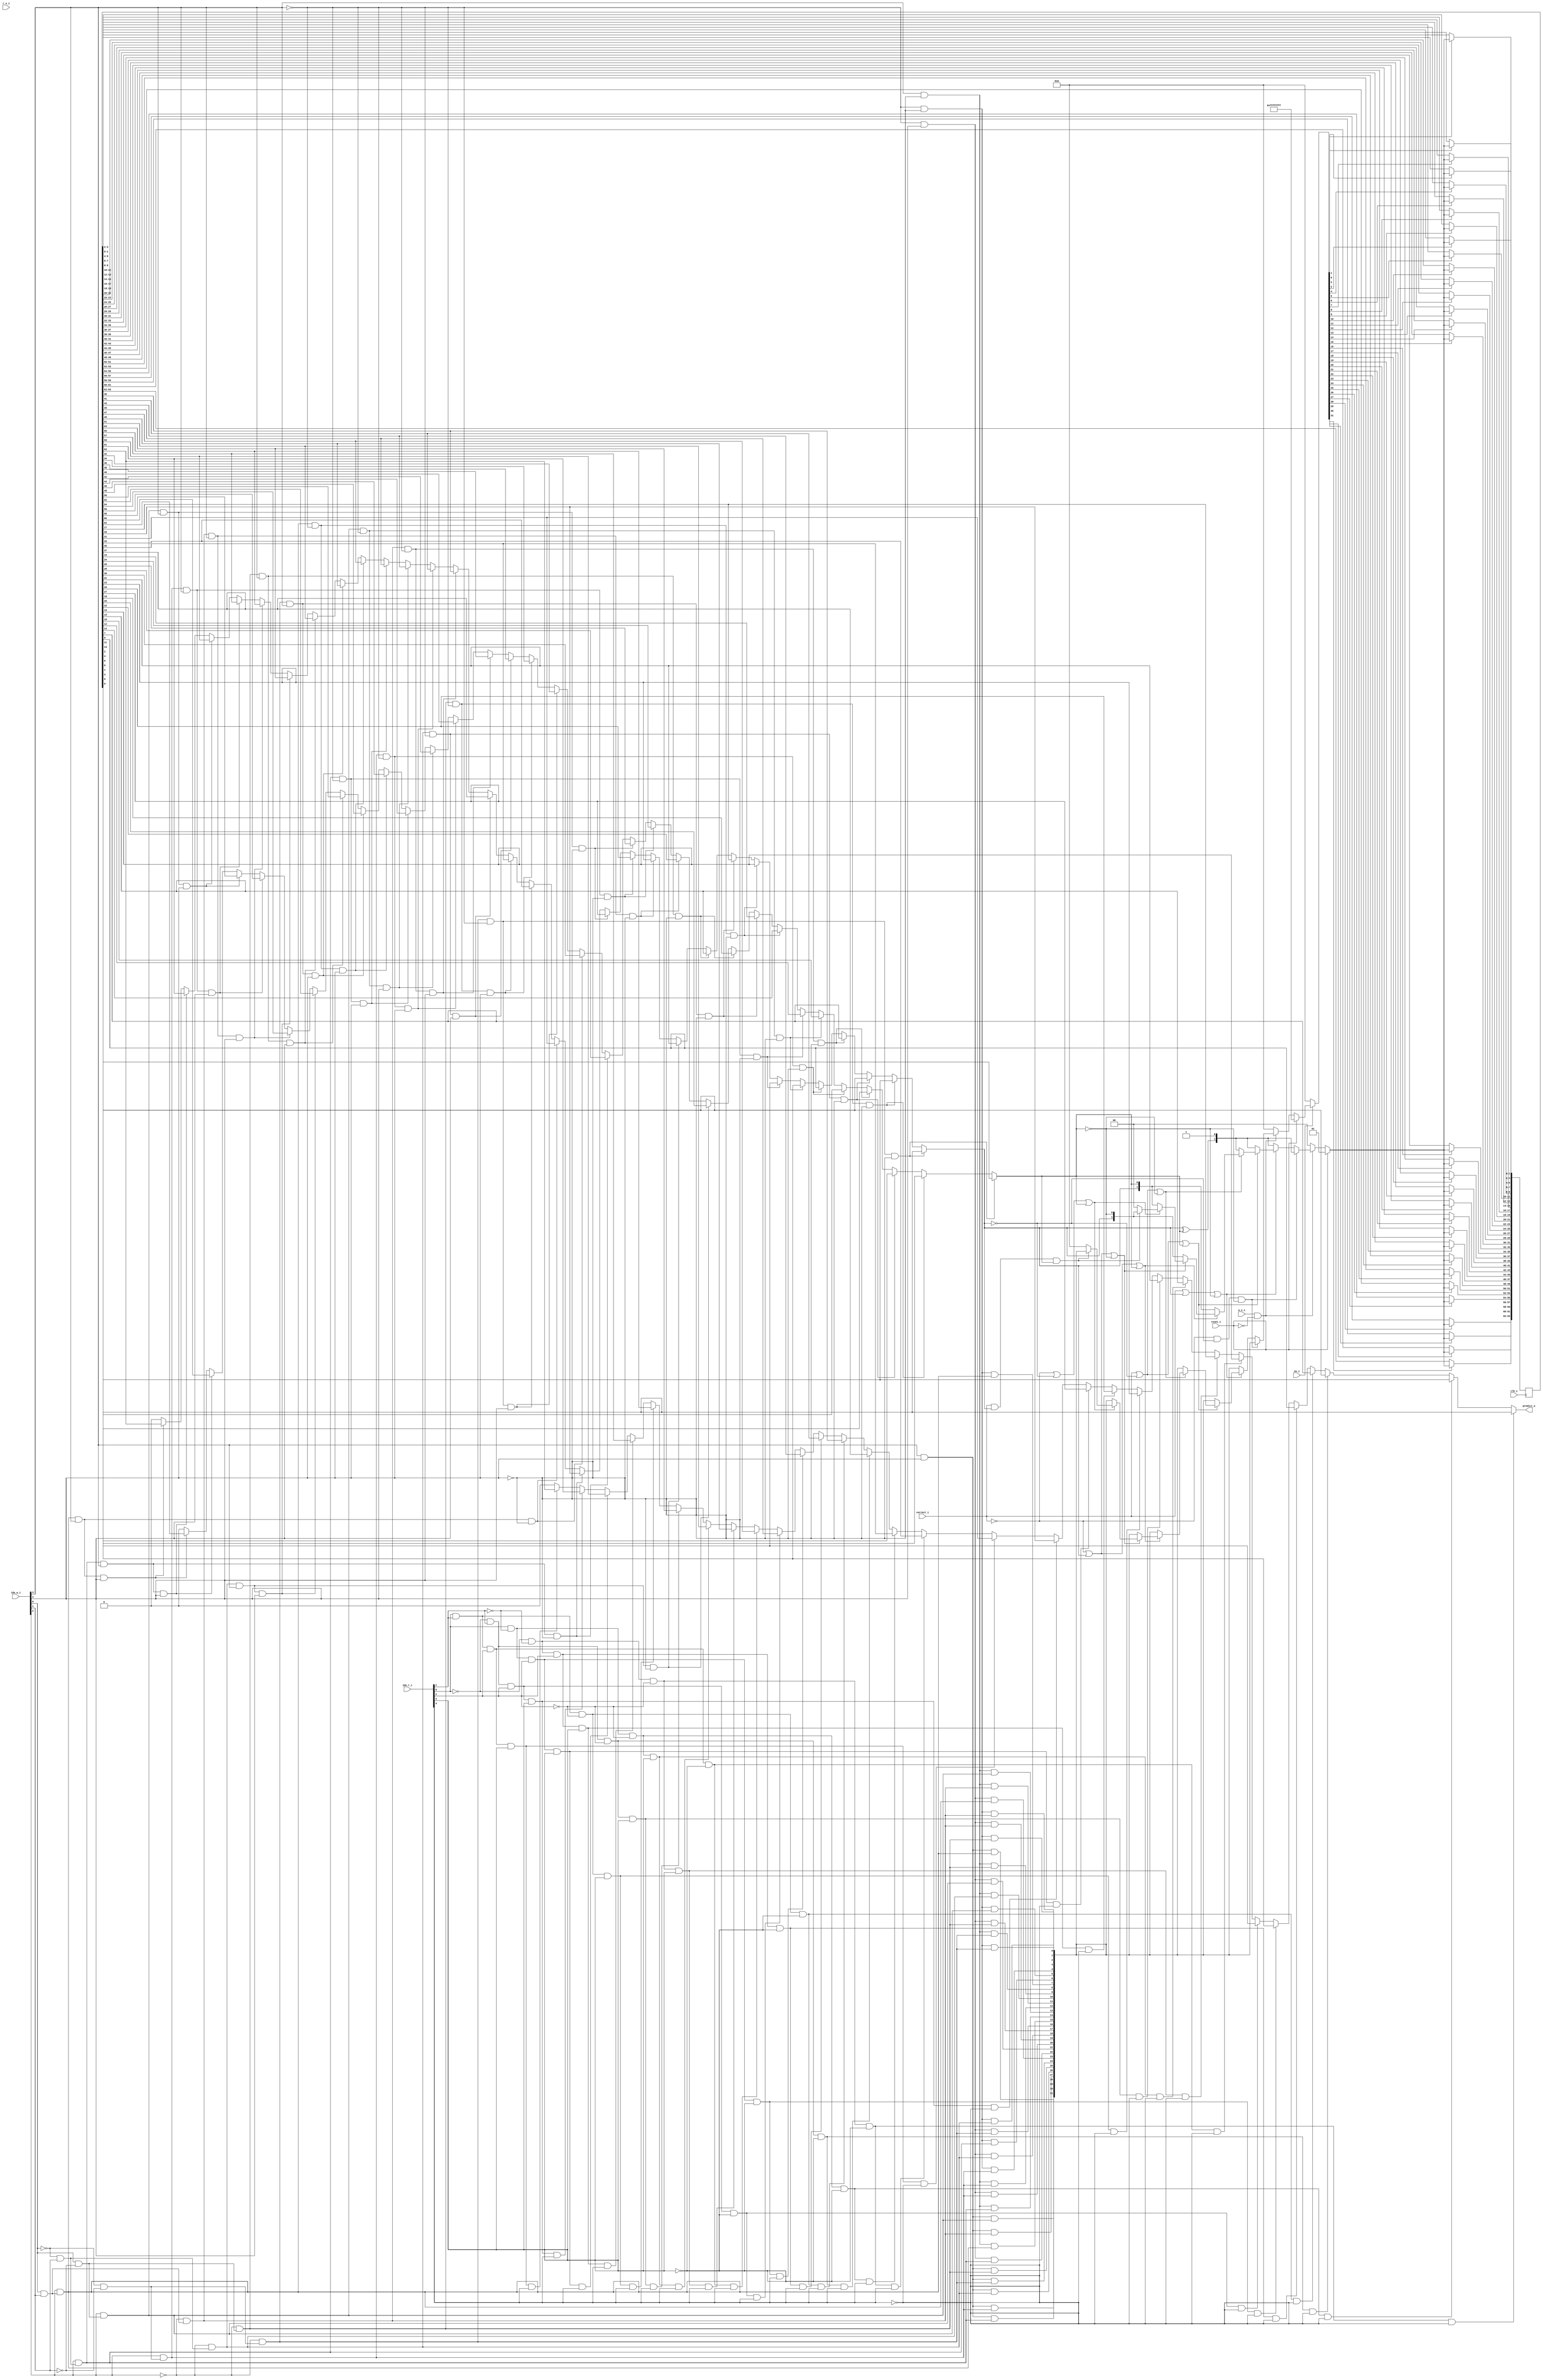
module bp_fe_bht_bht_indx_width_p5
(
  clk_i,
  en_i,
  reset_i,
  idx_r_i,
  idx_w_i,
  r_v_i,
  w_v_i,
  correct_i,
  predict_o
);

  input [4:0] idx_r_i;
  input [4:0] idx_w_i;
  input clk_i;
  input en_i;
  input reset_i;
  input r_v_i;
  input w_v_i;
  input correct_i;
  output predict_o;
  wire predict_o,N0,N1,N2,N3,N4,N5,N6,N7,N8,N9,N10,N11,N12,N13,N14,N15,N16,N17,N18,N19,
  N20,N21,N22,N23,N24,N25,N26,N27,N28,N29,N30,N31,N32,N33,N34,N35,N36,N37,N38,N39,
  N40,N41,N42,N43,N44,N45,N46,N47,N48,N49,N50,N51,N52,N53,N54,N55,N56,N57,N58,N59,
  N60,N61,N62,N63,N64,N65,N66,N67,N68,N69,N70,N71,N72,N73,N74,N75,N76,N77,N78,N79,
  N80,N81,N82,N83,N84,N85,N86,N87,N88,N89,N90,N91,N92,N93,N94,N95,N96,N97,N98,N99,
  N100,N101,N102,N103,N104,N105,N106,N107,N108,N109,N110,N111,N112,N113,N114,N115,
  N116,N117,N118,N119,N120,N121,N122,N123,N124,N125,N126,N127,N128,N129,N130,N131,
  N132,N133,N134,N135,N136,N137,N138,N139,N140,N141,N142,N143,N144,N145,N146,N147,
  N148,N149,N150,N151,N152,N153,N154,N155,N156,N157,N158,N159,N160,N161,N162,N163,
  N164,N165,N166,N167,N168,N169,N170,N171,N172,N173,N174,N175,N176,N177,N178,N179,
  N180,N181,N182,N183,N184,N185,N186,N187,N188,N189,N190,N191,N192,N193,N194,N195,
  N196,N197,N198,N199,N200,N201,N202,N203,N204,N205,N206,N207,N208,N209,N210,N211,
  N212,N213,N214,N215,N216,N217,N218,N219,N220,N221,N222,N223,N224,N225,N226,N227,
  N228,N229,N230,N231,N232,N233,N234,N235,N236,N237,N238,N239,N240,N241,N242,N243,
  N244,N245,N246,N247,N248,N249,N250,N251,N252,N253,N254,N255,N256,N257,N258,N259,
  N260,N261,N262,N263,N264,N265,N266,N267,N268,N269,N270,N271,N272,N273,N274,N275,
  N276,N277,N278,N279,N280,N281,N282,N283,N284,N285,N286,N287,N288,N289,N290,N291,
  N292,N293,N294,N295,N296,N297,N298,N299,N300,N301,N302,N303,N304,N305,N306,N307,
  N308,N309,N310,N311,N312,N313,N314,N315,N316,N317,N318,N319,N320,N321,N322,N323,
  N324,N325,N326,N327,N328,N329,N330,N331,N332,N333,N334,N335,N336,N337,N338,N339,
  N340,N341,N342,N343,N344,N345,N346,N347,N348,N349,N350,N351,N352,N353,N354,N355,
  N356,N357,N358,N359,N360,N361,N362,N363,N364,N365,N366,N367,N368,N369,N370,N371,
  N372,N373,N374,N375,N376,N377,N378,N379,N380,N381,N382,N383,N384,N385,N386,N387,
  N388,N389,N390,N391,N392,N393,N394,N395,N396,N397,N398,N399,N400,N401,N402,N403,
  N404,N405,N406,N407,N408,N409,N410,N411,N412,N413;
  reg [63:0] mem;
  assign predict_o = (N52)? mem[1] :
                     (N54)? mem[3] :
                     (N56)? mem[5] :
                     (N58)? mem[7] :
                     (N60)? mem[9] :
                     (N62)? mem[11] :
                     (N64)? mem[13] :
                     (N66)? mem[15] :
                     (N68)? mem[17] :
                     (N70)? mem[19] :
                     (N72)? mem[21] :
                     (N74)? mem[23] :
                     (N76)? mem[25] :
                     (N78)? mem[27] :
                     (N80)? mem[29] :
                     (N82)? mem[31] :
                     (N53)? mem[33] :
                     (N55)? mem[35] :
                     (N57)? mem[37] :
                     (N59)? mem[39] :
                     (N61)? mem[41] :
                     (N63)? mem[43] :
                     (N65)? mem[45] :
                     (N67)? mem[47] :
                     (N69)? mem[49] :
                     (N71)? mem[51] :
                     (N73)? mem[53] :
                     (N75)? mem[55] :
                     (N77)? mem[57] :
                     (N79)? mem[59] :
                     (N81)? mem[61] :
                     (N83)? mem[63] : 1'b0;
  assign N87 = (N147)? mem[1] :
               (N148)? mem[3] :
               (N149)? mem[5] :
               (N150)? mem[7] :
               (N151)? mem[9] :
               (N152)? mem[11] :
               (N153)? mem[13] :
               (N154)? mem[15] :
               (N155)? mem[17] :
               (N156)? mem[19] :
               (N157)? mem[21] :
               (N158)? mem[23] :
               (N159)? mem[25] :
               (N160)? mem[27] :
               (N161)? mem[29] :
               (N162)? mem[31] :
               (N123)? mem[33] :
               (N125)? mem[35] :
               (N127)? mem[37] :
               (N129)? mem[39] :
               (N131)? mem[41] :
               (N133)? mem[43] :
               (N135)? mem[45] :
               (N137)? mem[47] :
               (N272)? mem[49] :
               (N274)? mem[51] :
               (N276)? mem[53] :
               (N278)? mem[55] :
               (N280)? mem[57] :
               (N282)? mem[59] :
               (N284)? mem[61] :
               (N286)? mem[63] : 1'b0;
  assign N88 = (N147)? mem[0] :
               (N148)? mem[2] :
               (N149)? mem[4] :
               (N150)? mem[6] :
               (N151)? mem[8] :
               (N152)? mem[10] :
               (N153)? mem[12] :
               (N154)? mem[14] :
               (N155)? mem[16] :
               (N156)? mem[18] :
               (N157)? mem[20] :
               (N158)? mem[22] :
               (N159)? mem[24] :
               (N160)? mem[26] :
               (N161)? mem[28] :
               (N162)? mem[30] :
               (N123)? mem[32] :
               (N125)? mem[34] :
               (N127)? mem[36] :
               (N129)? mem[38] :
               (N131)? mem[40] :
               (N133)? mem[42] :
               (N135)? mem[44] :
               (N137)? mem[46] :
               (N272)? mem[48] :
               (N274)? mem[50] :
               (N276)? mem[52] :
               (N278)? mem[54] :
               (N280)? mem[56] :
               (N282)? mem[58] :
               (N284)? mem[60] :
               (N286)? mem[62] : 1'b0;
  assign N92 = N89 & N90;
  assign N93 = N92 & N91;
  assign N94 = correct_i | N87;
  assign N95 = N94 | N91;
  assign N97 = correct_i | N90;
  assign N98 = N97 | N88;
  assign N100 = N97 | N91;
  assign N102 = N89 | N87;
  assign N103 = N102 | N88;
  assign N105 = N102 | N91;
  assign N107 = N89 | N90;
  assign N108 = N107 | N88;
  assign N110 = correct_i & N87;
  assign N111 = N110 & N88;
  assign N146 = (N122)? mem[1] :
                (N124)? mem[3] :
                (N126)? mem[5] :
                (N128)? mem[7] :
                (N130)? mem[9] :
                (N132)? mem[11] :
                (N134)? mem[13] :
                (N136)? mem[15] :
                (N138)? mem[17] :
                (N139)? mem[19] :
                (N140)? mem[21] :
                (N141)? mem[23] :
                (N142)? mem[25] :
                (N143)? mem[27] :
                (N144)? mem[29] :
                (N145)? mem[31] :
                (N123)? mem[33] :
                (N125)? mem[35] :
                (N127)? mem[37] :
                (N129)? mem[39] :
                (N131)? mem[41] :
                (N133)? mem[43] :
                (N135)? mem[45] :
                (N137)? mem[47] :
                (N272)? mem[49] :
                (N274)? mem[51] :
                (N276)? mem[53] :
                (N278)? mem[55] :
                (N280)? mem[57] :
                (N282)? mem[59] :
                (N284)? mem[61] :
                (N286)? mem[63] : 1'b0;
  assign N163 = (N147)? mem[0] :
                (N148)? mem[2] :
                (N149)? mem[4] :
                (N150)? mem[6] :
                (N151)? mem[8] :
                (N152)? mem[10] :
                (N153)? mem[12] :
                (N154)? mem[14] :
                (N155)? mem[16] :
                (N156)? mem[18] :
                (N157)? mem[20] :
                (N158)? mem[22] :
                (N159)? mem[24] :
                (N160)? mem[26] :
                (N161)? mem[28] :
                (N162)? mem[30] :
                (N123)? mem[32] :
                (N125)? mem[34] :
                (N127)? mem[36] :
                (N129)? mem[38] :
                (N131)? mem[40] :
                (N133)? mem[42] :
                (N135)? mem[44] :
                (N137)? mem[46] :
                (N272)? mem[48] :
                (N274)? mem[50] :
                (N276)? mem[52] :
                (N278)? mem[54] :
                (N280)? mem[56] :
                (N282)? mem[58] :
                (N284)? mem[60] :
                (N286)? mem[62] : 1'b0;
  assign N205 = (N197)? mem[1] :
                (N198)? mem[3] :
                (N199)? mem[5] :
                (N200)? mem[7] :
                (N201)? mem[9] :
                (N202)? mem[11] :
                (N203)? mem[13] :
                (N204)? mem[15] :
                (N155)? mem[17] :
                (N156)? mem[19] :
                (N157)? mem[21] :
                (N158)? mem[23] :
                (N159)? mem[25] :
                (N160)? mem[27] :
                (N161)? mem[29] :
                (N162)? mem[31] :
                (N256)? mem[33] :
                (N258)? mem[35] :
                (N260)? mem[37] :
                (N262)? mem[39] :
                (N264)? mem[41] :
                (N266)? mem[43] :
                (N268)? mem[45] :
                (N270)? mem[47] :
                (N272)? mem[49] :
                (N274)? mem[51] :
                (N276)? mem[53] :
                (N278)? mem[55] :
                (N280)? mem[57] :
                (N282)? mem[59] :
                (N284)? mem[61] :
                (N286)? mem[63] : 1'b0;
  assign N214 = (N206)? mem[0] :
                (N207)? mem[2] :
                (N208)? mem[4] :
                (N209)? mem[6] :
                (N210)? mem[8] :
                (N211)? mem[10] :
                (N212)? mem[12] :
                (N213)? mem[14] :
                (N138)? mem[16] :
                (N139)? mem[18] :
                (N140)? mem[20] :
                (N141)? mem[22] :
                (N142)? mem[24] :
                (N143)? mem[26] :
                (N144)? mem[28] :
                (N145)? mem[30] :
                (N256)? mem[32] :
                (N258)? mem[34] :
                (N260)? mem[36] :
                (N262)? mem[38] :
                (N264)? mem[40] :
                (N266)? mem[42] :
                (N268)? mem[44] :
                (N270)? mem[46] :
                (N272)? mem[48] :
                (N274)? mem[50] :
                (N276)? mem[52] :
                (N278)? mem[54] :
                (N280)? mem[56] :
                (N282)? mem[58] :
                (N284)? mem[60] :
                (N286)? mem[62] : 1'b0;
  assign N216 = (N206)? mem[1] :
                (N207)? mem[3] :
                (N208)? mem[5] :
                (N209)? mem[7] :
                (N210)? mem[9] :
                (N211)? mem[11] :
                (N212)? mem[13] :
                (N213)? mem[15] :
                (N138)? mem[17] :
                (N139)? mem[19] :
                (N140)? mem[21] :
                (N141)? mem[23] :
                (N142)? mem[25] :
                (N143)? mem[27] :
                (N144)? mem[29] :
                (N145)? mem[31] :
                (N256)? mem[33] :
                (N258)? mem[35] :
                (N260)? mem[37] :
                (N262)? mem[39] :
                (N264)? mem[41] :
                (N266)? mem[43] :
                (N268)? mem[45] :
                (N270)? mem[47] :
                (N272)? mem[49] :
                (N274)? mem[51] :
                (N276)? mem[53] :
                (N278)? mem[55] :
                (N280)? mem[57] :
                (N282)? mem[59] :
                (N284)? mem[61] :
                (N286)? mem[63] : 1'b0;
  assign N217 = (N206)? mem[0] :
                (N207)? mem[2] :
                (N208)? mem[4] :
                (N209)? mem[6] :
                (N210)? mem[8] :
                (N211)? mem[10] :
                (N212)? mem[12] :
                (N213)? mem[14] :
                (N138)? mem[16] :
                (N139)? mem[18] :
                (N140)? mem[20] :
                (N141)? mem[22] :
                (N142)? mem[24] :
                (N143)? mem[26] :
                (N144)? mem[28] :
                (N145)? mem[30] :
                (N256)? mem[32] :
                (N258)? mem[34] :
                (N260)? mem[36] :
                (N262)? mem[38] :
                (N264)? mem[40] :
                (N266)? mem[42] :
                (N268)? mem[44] :
                (N270)? mem[46] :
                (N272)? mem[48] :
                (N274)? mem[50] :
                (N276)? mem[52] :
                (N278)? mem[54] :
                (N280)? mem[56] :
                (N282)? mem[58] :
                (N284)? mem[60] :
                (N286)? mem[62] : 1'b0;
  assign N219 = (N206)? mem[1] :
                (N207)? mem[3] :
                (N208)? mem[5] :
                (N209)? mem[7] :
                (N210)? mem[9] :
                (N211)? mem[11] :
                (N212)? mem[13] :
                (N213)? mem[15] :
                (N138)? mem[17] :
                (N139)? mem[19] :
                (N140)? mem[21] :
                (N141)? mem[23] :
                (N142)? mem[25] :
                (N143)? mem[27] :
                (N144)? mem[29] :
                (N145)? mem[31] :
                (N256)? mem[33] :
                (N258)? mem[35] :
                (N260)? mem[37] :
                (N262)? mem[39] :
                (N264)? mem[41] :
                (N266)? mem[43] :
                (N268)? mem[45] :
                (N270)? mem[47] :
                (N272)? mem[49] :
                (N274)? mem[51] :
                (N276)? mem[53] :
                (N278)? mem[55] :
                (N280)? mem[57] :
                (N282)? mem[59] :
                (N284)? mem[61] :
                (N286)? mem[63] : 1'b0;
  assign N220 = (N206)? mem[0] :
                (N207)? mem[2] :
                (N208)? mem[4] :
                (N209)? mem[6] :
                (N210)? mem[8] :
                (N211)? mem[10] :
                (N212)? mem[12] :
                (N213)? mem[14] :
                (N138)? mem[16] :
                (N139)? mem[18] :
                (N140)? mem[20] :
                (N141)? mem[22] :
                (N142)? mem[24] :
                (N143)? mem[26] :
                (N144)? mem[28] :
                (N145)? mem[30] :
                (N256)? mem[32] :
                (N258)? mem[34] :
                (N260)? mem[36] :
                (N262)? mem[38] :
                (N264)? mem[40] :
                (N266)? mem[42] :
                (N268)? mem[44] :
                (N270)? mem[46] :
                (N272)? mem[48] :
                (N274)? mem[50] :
                (N276)? mem[52] :
                (N278)? mem[54] :
                (N280)? mem[56] :
                (N282)? mem[58] :
                (N284)? mem[60] :
                (N286)? mem[62] : 1'b0;
  assign N222 = (N255)? mem[1] :
                (N257)? mem[3] :
                (N259)? mem[5] :
                (N261)? mem[7] :
                (N263)? mem[9] :
                (N265)? mem[11] :
                (N267)? mem[13] :
                (N269)? mem[15] :
                (N271)? mem[17] :
                (N273)? mem[19] :
                (N275)? mem[21] :
                (N277)? mem[23] :
                (N279)? mem[25] :
                (N281)? mem[27] :
                (N283)? mem[29] :
                (N285)? mem[31] :
                (N256)? mem[33] :
                (N258)? mem[35] :
                (N260)? mem[37] :
                (N262)? mem[39] :
                (N264)? mem[41] :
                (N266)? mem[43] :
                (N268)? mem[45] :
                (N270)? mem[47] :
                (N272)? mem[49] :
                (N274)? mem[51] :
                (N276)? mem[53] :
                (N278)? mem[55] :
                (N280)? mem[57] :
                (N282)? mem[59] :
                (N284)? mem[61] :
                (N286)? mem[63] : 1'b0;
  assign N223 = (N255)? mem[0] :
                (N257)? mem[2] :
                (N259)? mem[4] :
                (N261)? mem[6] :
                (N263)? mem[8] :
                (N265)? mem[10] :
                (N267)? mem[12] :
                (N269)? mem[14] :
                (N271)? mem[16] :
                (N273)? mem[18] :
                (N275)? mem[20] :
                (N277)? mem[22] :
                (N279)? mem[24] :
                (N281)? mem[26] :
                (N283)? mem[28] :
                (N285)? mem[30] :
                (N256)? mem[32] :
                (N258)? mem[34] :
                (N260)? mem[36] :
                (N262)? mem[38] :
                (N264)? mem[40] :
                (N266)? mem[42] :
                (N268)? mem[44] :
                (N270)? mem[46] :
                (N272)? mem[48] :
                (N274)? mem[50] :
                (N276)? mem[52] :
                (N278)? mem[54] :
                (N280)? mem[56] :
                (N282)? mem[58] :
                (N284)? mem[60] :
                (N286)? mem[62] : 1'b0;
  assign N287 = (N255)? mem[1] :
                (N257)? mem[3] :
                (N259)? mem[5] :
                (N261)? mem[7] :
                (N263)? mem[9] :
                (N265)? mem[11] :
                (N267)? mem[13] :
                (N269)? mem[15] :
                (N271)? mem[17] :
                (N273)? mem[19] :
                (N275)? mem[21] :
                (N277)? mem[23] :
                (N279)? mem[25] :
                (N281)? mem[27] :
                (N283)? mem[29] :
                (N285)? mem[31] :
                (N256)? mem[33] :
                (N258)? mem[35] :
                (N260)? mem[37] :
                (N262)? mem[39] :
                (N264)? mem[41] :
                (N266)? mem[43] :
                (N268)? mem[45] :
                (N270)? mem[47] :
                (N272)? mem[49] :
                (N274)? mem[51] :
                (N276)? mem[53] :
                (N278)? mem[55] :
                (N280)? mem[57] :
                (N282)? mem[59] :
                (N284)? mem[61] :
                (N286)? mem[63] : 1'b0;
  assign N288 = (N255)? mem[0] :
                (N257)? mem[2] :
                (N259)? mem[4] :
                (N261)? mem[6] :
                (N263)? mem[8] :
                (N265)? mem[10] :
                (N267)? mem[12] :
                (N269)? mem[14] :
                (N271)? mem[16] :
                (N273)? mem[18] :
                (N275)? mem[20] :
                (N277)? mem[22] :
                (N279)? mem[24] :
                (N281)? mem[26] :
                (N283)? mem[28] :
                (N285)? mem[30] :
                (N256)? mem[32] :
                (N258)? mem[34] :
                (N260)? mem[36] :
                (N262)? mem[38] :
                (N264)? mem[40] :
                (N266)? mem[42] :
                (N268)? mem[44] :
                (N270)? mem[46] :
                (N272)? mem[48] :
                (N274)? mem[50] :
                (N276)? mem[52] :
                (N278)? mem[54] :
                (N280)? mem[56] :
                (N282)? mem[58] :
                (N284)? mem[60] :
                (N286)? mem[62] : 1'b0;
  assign N290 = (N255)? mem[1] :
                (N257)? mem[3] :
                (N259)? mem[5] :
                (N261)? mem[7] :
                (N263)? mem[9] :
                (N265)? mem[11] :
                (N267)? mem[13] :
                (N269)? mem[15] :
                (N271)? mem[17] :
                (N273)? mem[19] :
                (N275)? mem[21] :
                (N277)? mem[23] :
                (N279)? mem[25] :
                (N281)? mem[27] :
                (N283)? mem[29] :
                (N285)? mem[31] :
                (N256)? mem[33] :
                (N258)? mem[35] :
                (N260)? mem[37] :
                (N262)? mem[39] :
                (N264)? mem[41] :
                (N266)? mem[43] :
                (N268)? mem[45] :
                (N270)? mem[47] :
                (N272)? mem[49] :
                (N274)? mem[51] :
                (N276)? mem[53] :
                (N278)? mem[55] :
                (N280)? mem[57] :
                (N282)? mem[59] :
                (N284)? mem[61] :
                (N286)? mem[63] : 1'b0;
  assign N291 = (N255)? mem[0] :
                (N257)? mem[2] :
                (N259)? mem[4] :
                (N261)? mem[6] :
                (N263)? mem[8] :
                (N265)? mem[10] :
                (N267)? mem[12] :
                (N269)? mem[14] :
                (N271)? mem[16] :
                (N273)? mem[18] :
                (N275)? mem[20] :
                (N277)? mem[22] :
                (N279)? mem[24] :
                (N281)? mem[26] :
                (N283)? mem[28] :
                (N285)? mem[30] :
                (N256)? mem[32] :
                (N258)? mem[34] :
                (N260)? mem[36] :
                (N262)? mem[38] :
                (N264)? mem[40] :
                (N266)? mem[42] :
                (N268)? mem[44] :
                (N270)? mem[46] :
                (N272)? mem[48] :
                (N274)? mem[50] :
                (N276)? mem[52] :
                (N278)? mem[54] :
                (N280)? mem[56] :
                (N282)? mem[58] :
                (N284)? mem[60] :
                (N286)? mem[62] : 1'b0;
  assign N292 = (N255)? mem[1] :
                (N257)? mem[3] :
                (N259)? mem[5] :
                (N261)? mem[7] :
                (N263)? mem[9] :
                (N265)? mem[11] :
                (N267)? mem[13] :
                (N269)? mem[15] :
                (N271)? mem[17] :
                (N273)? mem[19] :
                (N275)? mem[21] :
                (N277)? mem[23] :
                (N279)? mem[25] :
                (N281)? mem[27] :
                (N283)? mem[29] :
                (N285)? mem[31] :
                (N256)? mem[33] :
                (N258)? mem[35] :
                (N260)? mem[37] :
                (N262)? mem[39] :
                (N264)? mem[41] :
                (N266)? mem[43] :
                (N268)? mem[45] :
                (N270)? mem[47] :
                (N272)? mem[49] :
                (N274)? mem[51] :
                (N276)? mem[53] :
                (N278)? mem[55] :
                (N280)? mem[57] :
                (N282)? mem[59] :
                (N284)? mem[61] :
                (N286)? mem[63] : 1'b0;
  assign N293 = (N255)? mem[0] :
                (N257)? mem[2] :
                (N259)? mem[4] :
                (N261)? mem[6] :
                (N263)? mem[8] :
                (N265)? mem[10] :
                (N267)? mem[12] :
                (N269)? mem[14] :
                (N271)? mem[16] :
                (N273)? mem[18] :
                (N275)? mem[20] :
                (N277)? mem[22] :
                (N279)? mem[24] :
                (N281)? mem[26] :
                (N283)? mem[28] :
                (N285)? mem[30] :
                (N256)? mem[32] :
                (N258)? mem[34] :
                (N260)? mem[36] :
                (N262)? mem[38] :
                (N264)? mem[40] :
                (N266)? mem[42] :
                (N268)? mem[44] :
                (N270)? mem[46] :
                (N272)? mem[48] :
                (N274)? mem[50] :
                (N276)? mem[52] :
                (N278)? mem[54] :
                (N280)? mem[56] :
                (N282)? mem[58] :
                (N284)? mem[60] :
                (N286)? mem[62] : 1'b0;
  assign N397 = idx_w_i[3] & idx_w_i[4];
  assign N398 = N0 & idx_w_i[4];
  assign N0 = ~idx_w_i[3];
  assign N399 = idx_w_i[3] & N1;
  assign N1 = ~idx_w_i[4];
  assign N400 = N2 & N3;
  assign N2 = ~idx_w_i[3];
  assign N3 = ~idx_w_i[4];
  assign N401 = ~idx_w_i[2];
  assign N402 = idx_w_i[0] & idx_w_i[1];
  assign N403 = N4 & idx_w_i[1];
  assign N4 = ~idx_w_i[0];
  assign N404 = idx_w_i[0] & N5;
  assign N5 = ~idx_w_i[1];
  assign N405 = N6 & N7;
  assign N6 = ~idx_w_i[0];
  assign N7 = ~idx_w_i[1];
  assign N406 = idx_w_i[2] & N402;
  assign N407 = idx_w_i[2] & N403;
  assign N408 = idx_w_i[2] & N404;
  assign N409 = idx_w_i[2] & N405;
  assign N410 = N401 & N402;
  assign N411 = N401 & N403;
  assign N412 = N401 & N404;
  assign N413 = N401 & N405;
  assign N195 = N397 & N406;
  assign N194 = N397 & N407;
  assign N193 = N397 & N408;
  assign N192 = N397 & N409;
  assign N191 = N397 & N410;
  assign N190 = N397 & N411;
  assign N189 = N397 & N412;
  assign N188 = N397 & N413;
  assign N187 = N398 & N406;
  assign N186 = N398 & N407;
  assign N185 = N398 & N408;
  assign N184 = N398 & N409;
  assign N183 = N398 & N410;
  assign N182 = N398 & N411;
  assign N181 = N398 & N412;
  assign N180 = N398 & N413;
  assign N179 = N399 & N406;
  assign N178 = N399 & N407;
  assign N177 = N399 & N408;
  assign N176 = N399 & N409;
  assign N175 = N399 & N410;
  assign N174 = N399 & N411;
  assign N173 = N399 & N412;
  assign N172 = N399 & N413;
  assign N171 = N400 & N406;
  assign N170 = N400 & N407;
  assign N169 = N400 & N408;
  assign N168 = N400 & N409;
  assign N167 = N400 & N410;
  assign N166 = N400 & N411;
  assign N165 = N400 & N412;
  assign N164 = N400 & N413;
  assign { N328, N327, N326, N325, N324, N323, N322, N321, N320, N319, N318, N317, N316, N315, N314, N313, N312, N311, N310, N309, N308, N307, N306, N305, N304, N303, N302, N301, N300, N299, N298, N295 } = (N8)? { N195, N194, N193, N192, N191, N190, N189, N188, N187, N186, N185, N184, N183, N182, N181, N180, N179, N178, N177, N176, N175, N174, N173, N172, N171, N170, N169, N168, N167, N166, N165, N164 } :
                                                                                                                                                                                                              (N9)? { N195, N194, N193, N192, N191, N190, N189, N188, N187, N186, N185, N184, N183, N182, N181, N180, N179, N178, N177, N176, N175, N174, N173, N172, N171, N170, N169, N168, N167, N166, N165, N164 } :
                                                                                                                                                                                                              (N10)? { N195, N194, N193, N192, N191, N190, N189, N188, N187, N186, N185, N184, N183, N182, N181, N180, N179, N178, N177, N176, N175, N174, N173, N172, N171, N170, N169, N168, N167, N166, N165, N164 } :
                                                                                                                                                                                                              (N11)? { N195, N194, N193, N192, N191, N190, N189, N188, N187, N186, N185, N184, N183, N182, N181, N180, N179, N178, N177, N176, N175, N174, N173, N172, N171, N170, N169, N168, N167, N166, N165, N164 } :
                                                                                                                                                                                                              (N12)? { N195, N194, N193, N192, N191, N190, N189, N188, N187, N186, N185, N184, N183, N182, N181, N180, N179, N178, N177, N176, N175, N174, N173, N172, N171, N170, N169, N168, N167, N166, N165, N164 } :
                                                                                                                                                                                                              (N13)? { N195, N194, N193, N192, N191, N190, N189, N188, N187, N186, N185, N184, N183, N182, N181, N180, N179, N178, N177, N176, N175, N174, N173, N172, N171, N170, N169, N168, N167, N166, N165, N164 } :
                                                                                                                                                                                                              (N14)? { N195, N194, N193, N192, N191, N190, N189, N188, N187, N186, N185, N184, N183, N182, N181, N180, N179, N178, N177, N176, N175, N174, N173, N172, N171, N170, N169, N168, N167, N166, N165, N164 } :
                                                                                                                                                                                                              (N15)? { N195, N194, N193, N192, N191, N190, N189, N188, N187, N186, N185, N184, N183, N182, N181, N180, N179, N178, N177, N176, N175, N174, N173, N172, N171, N170, N169, N168, N167, N166, N165, N164 } : 1'b0;
  assign N8 = N93;
  assign N9 = N96;
  assign N10 = N99;
  assign N11 = N101;
  assign N12 = N104;
  assign N13 = N106;
  assign N14 = N109;
  assign N15 = N111;
  assign { N297, N296 } = (N8)? { N196, 1'b1 } :
                          (N9)? { N215, 1'b1 } :
                          (N10)? { N218, 1'b1 } :
                          (N11)? { N221, 1'b1 } :
                          (N12)? { N222, N223 } :
                          (N13)? { N287, N289 } :
                          (N14)? { N290, N291 } :
                          (N15)? { N292, N294 } : 1'b0;
  assign { N362, N361, N360, N359, N358, N357, N356, N355, N354, N353, N352, N351, N350, N349, N348, N347, N346, N345, N344, N343, N342, N341, N340, N339, N338, N337, N336, N335, N334, N333, N332, N329 } = (N16)? { 1'b1, 1'b1, 1'b1, 1'b1, 1'b1, 1'b1, 1'b1, 1'b1, 1'b1, 1'b1, 1'b1, 1'b1, 1'b1, 1'b1, 1'b1, 1'b1, 1'b1, 1'b1, 1'b1, 1'b1, 1'b1, 1'b1, 1'b1, 1'b1, 1'b1, 1'b1, 1'b1, 1'b1, 1'b1, 1'b1, 1'b1, 1'b1 } :
                                                                                                                                                                                                              (N396)? { N328, N327, N326, N325, N324, N323, N322, N321, N320, N319, N318, N317, N316, N315, N314, N313, N312, N311, N310, N309, N308, N307, N306, N305, N304, N303, N302, N301, N300, N299, N298, N295 } :
                                                                                                                                                                                                              (N86)? { 1'b0, 1'b0, 1'b0, 1'b0, 1'b0, 1'b0, 1'b0, 1'b0, 1'b0, 1'b0, 1'b0, 1'b0, 1'b0, 1'b0, 1'b0, 1'b0, 1'b0, 1'b0, 1'b0, 1'b0, 1'b0, 1'b0, 1'b0, 1'b0, 1'b0, 1'b0, 1'b0, 1'b0, 1'b0, 1'b0, 1'b0, 1'b0 } : 1'b0;
  assign N16 = reset_i;
  assign { N331, N330 } = (N16)? { 1'b0, 1'b1 } :
                          (N396)? { N297, N296 } : 1'b0;
  assign { N394, N393, N392, N391, N390, N389, N388, N387, N386, N385, N384, N383, N382, N381, N380, N379, N378, N377, N376, N375, N374, N373, N372, N371, N370, N369, N368, N367, N366, N365, N364, N363 } = (N17)? { N362, N361, N360, N359, N358, N357, N356, N355, N354, N353, N352, N351, N350, N349, N348, N347, N346, N345, N344, N343, N342, N341, N340, N339, N338, N337, N336, N335, N334, N333, N332, N329 } :
                                                                                                                                                                                                              (N18)? { 1'b0, 1'b0, 1'b0, 1'b0, 1'b0, 1'b0, 1'b0, 1'b0, 1'b0, 1'b0, 1'b0, 1'b0, 1'b0, 1'b0, 1'b0, 1'b0, 1'b0, 1'b0, 1'b0, 1'b0, 1'b0, 1'b0, 1'b0, 1'b0, 1'b0, 1'b0, 1'b0, 1'b0, 1'b0, 1'b0, 1'b0, 1'b0 } : 1'b0;
  assign N17 = en_i;
  assign N18 = N84;
  assign N19 = ~idx_r_i[0];
  assign N20 = ~idx_r_i[1];
  assign N21 = N19 & N20;
  assign N22 = N19 & idx_r_i[1];
  assign N23 = idx_r_i[0] & N20;
  assign N24 = idx_r_i[0] & idx_r_i[1];
  assign N25 = ~idx_r_i[2];
  assign N26 = N21 & N25;
  assign N27 = N21 & idx_r_i[2];
  assign N28 = N23 & N25;
  assign N29 = N23 & idx_r_i[2];
  assign N30 = N22 & N25;
  assign N31 = N22 & idx_r_i[2];
  assign N32 = N24 & N25;
  assign N33 = N24 & idx_r_i[2];
  assign N34 = ~idx_r_i[3];
  assign N35 = N26 & N34;
  assign N36 = N26 & idx_r_i[3];
  assign N37 = N28 & N34;
  assign N38 = N28 & idx_r_i[3];
  assign N39 = N30 & N34;
  assign N40 = N30 & idx_r_i[3];
  assign N41 = N32 & N34;
  assign N42 = N32 & idx_r_i[3];
  assign N43 = N27 & N34;
  assign N44 = N27 & idx_r_i[3];
  assign N45 = N29 & N34;
  assign N46 = N29 & idx_r_i[3];
  assign N47 = N31 & N34;
  assign N48 = N31 & idx_r_i[3];
  assign N49 = N33 & N34;
  assign N50 = N33 & idx_r_i[3];
  assign N51 = ~idx_r_i[4];
  assign N52 = N35 & N51;
  assign N53 = N35 & idx_r_i[4];
  assign N54 = N37 & N51;
  assign N55 = N37 & idx_r_i[4];
  assign N56 = N39 & N51;
  assign N57 = N39 & idx_r_i[4];
  assign N58 = N41 & N51;
  assign N59 = N41 & idx_r_i[4];
  assign N60 = N43 & N51;
  assign N61 = N43 & idx_r_i[4];
  assign N62 = N45 & N51;
  assign N63 = N45 & idx_r_i[4];
  assign N64 = N47 & N51;
  assign N65 = N47 & idx_r_i[4];
  assign N66 = N49 & N51;
  assign N67 = N49 & idx_r_i[4];
  assign N68 = N36 & N51;
  assign N69 = N36 & idx_r_i[4];
  assign N70 = N38 & N51;
  assign N71 = N38 & idx_r_i[4];
  assign N72 = N40 & N51;
  assign N73 = N40 & idx_r_i[4];
  assign N74 = N42 & N51;
  assign N75 = N42 & idx_r_i[4];
  assign N76 = N44 & N51;
  assign N77 = N44 & idx_r_i[4];
  assign N78 = N46 & N51;
  assign N79 = N46 & idx_r_i[4];
  assign N80 = N48 & N51;
  assign N81 = N48 & idx_r_i[4];
  assign N82 = N50 & N51;
  assign N83 = N50 & idx_r_i[4];
  assign N84 = ~en_i;
  assign N85 = w_v_i | reset_i;
  assign N86 = ~N85;
  assign N89 = ~correct_i;
  assign N90 = ~N87;
  assign N91 = ~N88;
  assign N96 = ~N95;
  assign N99 = ~N98;
  assign N101 = ~N100;
  assign N104 = ~N103;
  assign N106 = ~N105;
  assign N109 = ~N108;
  assign N112 = ~idx_w_i[3];
  assign N113 = N231 & N112;
  assign N114 = N233 & N112;
  assign N115 = N235 & N112;
  assign N116 = N237 & N112;
  assign N117 = N232 & N112;
  assign N118 = N234 & N112;
  assign N119 = N236 & N112;
  assign N120 = N238 & N112;
  assign N121 = ~idx_w_i[4];
  assign N122 = N113 & N121;
  assign N123 = N113 & idx_w_i[4];
  assign N124 = N114 & N121;
  assign N125 = N114 & idx_w_i[4];
  assign N126 = N115 & N121;
  assign N127 = N115 & idx_w_i[4];
  assign N128 = N116 & N121;
  assign N129 = N116 & idx_w_i[4];
  assign N130 = N117 & N121;
  assign N131 = N117 & idx_w_i[4];
  assign N132 = N118 & N121;
  assign N133 = N118 & idx_w_i[4];
  assign N134 = N119 & N121;
  assign N135 = N119 & idx_w_i[4];
  assign N136 = N120 & N121;
  assign N137 = N120 & idx_w_i[4];
  assign N138 = N240 & N121;
  assign N139 = N242 & N121;
  assign N140 = N244 & N121;
  assign N141 = N246 & N121;
  assign N142 = N248 & N121;
  assign N143 = N250 & N121;
  assign N144 = N252 & N121;
  assign N145 = N254 & N121;
  assign N147 = N113 & N121;
  assign N148 = N114 & N121;
  assign N149 = N115 & N121;
  assign N150 = N116 & N121;
  assign N151 = N117 & N121;
  assign N152 = N118 & N121;
  assign N153 = N119 & N121;
  assign N154 = N120 & N121;
  assign N155 = N240 & N121;
  assign N156 = N242 & N121;
  assign N157 = N244 & N121;
  assign N158 = N246 & N121;
  assign N159 = N248 & N121;
  assign N160 = N250 & N121;
  assign N161 = N252 & N121;
  assign N162 = N254 & N121;
  assign N196 = N146 ^ N163;
  assign N197 = N239 & N121;
  assign N198 = N241 & N121;
  assign N199 = N243 & N121;
  assign N200 = N245 & N121;
  assign N201 = N247 & N121;
  assign N202 = N249 & N121;
  assign N203 = N251 & N121;
  assign N204 = N253 & N121;
  assign N206 = N239 & N121;
  assign N207 = N241 & N121;
  assign N208 = N243 & N121;
  assign N209 = N245 & N121;
  assign N210 = N247 & N121;
  assign N211 = N249 & N121;
  assign N212 = N251 & N121;
  assign N213 = N253 & N121;
  assign N215 = N205 ^ N214;
  assign N218 = N216 ^ N217;
  assign N221 = N219 ^ N220;
  assign N224 = ~idx_w_i[0];
  assign N225 = ~idx_w_i[1];
  assign N226 = N224 & N225;
  assign N227 = N224 & idx_w_i[1];
  assign N228 = idx_w_i[0] & N225;
  assign N229 = idx_w_i[0] & idx_w_i[1];
  assign N230 = ~idx_w_i[2];
  assign N231 = N226 & N230;
  assign N232 = N226 & idx_w_i[2];
  assign N233 = N228 & N230;
  assign N234 = N228 & idx_w_i[2];
  assign N235 = N227 & N230;
  assign N236 = N227 & idx_w_i[2];
  assign N237 = N229 & N230;
  assign N238 = N229 & idx_w_i[2];
  assign N239 = N231 & N112;
  assign N240 = N231 & idx_w_i[3];
  assign N241 = N233 & N112;
  assign N242 = N233 & idx_w_i[3];
  assign N243 = N235 & N112;
  assign N244 = N235 & idx_w_i[3];
  assign N245 = N237 & N112;
  assign N246 = N237 & idx_w_i[3];
  assign N247 = N232 & N112;
  assign N248 = N232 & idx_w_i[3];
  assign N249 = N234 & N112;
  assign N250 = N234 & idx_w_i[3];
  assign N251 = N236 & N112;
  assign N252 = N236 & idx_w_i[3];
  assign N253 = N238 & N112;
  assign N254 = N238 & idx_w_i[3];
  assign N255 = N239 & N121;
  assign N256 = N239 & idx_w_i[4];
  assign N257 = N241 & N121;
  assign N258 = N241 & idx_w_i[4];
  assign N259 = N243 & N121;
  assign N260 = N243 & idx_w_i[4];
  assign N261 = N245 & N121;
  assign N262 = N245 & idx_w_i[4];
  assign N263 = N247 & N121;
  assign N264 = N247 & idx_w_i[4];
  assign N265 = N249 & N121;
  assign N266 = N249 & idx_w_i[4];
  assign N267 = N251 & N121;
  assign N268 = N251 & idx_w_i[4];
  assign N269 = N253 & N121;
  assign N270 = N253 & idx_w_i[4];
  assign N271 = N240 & N121;
  assign N272 = N240 & idx_w_i[4];
  assign N273 = N242 & N121;
  assign N274 = N242 & idx_w_i[4];
  assign N275 = N244 & N121;
  assign N276 = N244 & idx_w_i[4];
  assign N277 = N246 & N121;
  assign N278 = N246 & idx_w_i[4];
  assign N279 = N248 & N121;
  assign N280 = N248 & idx_w_i[4];
  assign N281 = N250 & N121;
  assign N282 = N250 & idx_w_i[4];
  assign N283 = N252 & N121;
  assign N284 = N252 & idx_w_i[4];
  assign N285 = N254 & N121;
  assign N286 = N254 & idx_w_i[4];
  assign N289 = ~N288;
  assign N294 = ~N293;
  assign N395 = ~reset_i;
  assign N396 = w_v_i & N395;

  always @(posedge clk_i) begin
    if(N394) begin
      { mem[63:62] } <= { N331, N330 };
    end
    if(N393) begin
      { mem[61:60] } <= { N331, N330 };
    end
    if(N392) begin
      { mem[59:58] } <= { N331, N330 };
    end
    if(N391) begin
      { mem[57:56] } <= { N331, N330 };
    end
    if(N390) begin
      { mem[55:54] } <= { N331, N330 };
    end
    if(N389) begin
      { mem[53:52] } <= { N331, N330 };
    end
    if(N388) begin
      { mem[51:50] } <= { N331, N330 };
    end
    if(N387) begin
      { mem[49:48] } <= { N331, N330 };
    end
    if(N386) begin
      { mem[47:46] } <= { N331, N330 };
    end
    if(N385) begin
      { mem[45:44] } <= { N331, N330 };
    end
    if(N384) begin
      { mem[43:42] } <= { N331, N330 };
    end
    if(N383) begin
      { mem[41:40] } <= { N331, N330 };
    end
    if(N382) begin
      { mem[39:38] } <= { N331, N330 };
    end
    if(N381) begin
      { mem[37:36] } <= { N331, N330 };
    end
    if(N380) begin
      { mem[35:34] } <= { N331, N330 };
    end
    if(N379) begin
      { mem[33:32] } <= { N331, N330 };
    end
    if(N378) begin
      { mem[31:30] } <= { N331, N330 };
    end
    if(N377) begin
      { mem[29:28] } <= { N331, N330 };
    end
    if(N376) begin
      { mem[27:26] } <= { N331, N330 };
    end
    if(N375) begin
      { mem[25:24] } <= { N331, N330 };
    end
    if(N374) begin
      { mem[23:22] } <= { N331, N330 };
    end
    if(N373) begin
      { mem[21:20] } <= { N331, N330 };
    end
    if(N372) begin
      { mem[19:18] } <= { N331, N330 };
    end
    if(N371) begin
      { mem[17:16] } <= { N331, N330 };
    end
    if(N370) begin
      { mem[15:14] } <= { N331, N330 };
    end
    if(N369) begin
      { mem[13:12] } <= { N331, N330 };
    end
    if(N368) begin
      { mem[11:10] } <= { N331, N330 };
    end
    if(N367) begin
      { mem[9:8] } <= { N331, N330 };
    end
    if(N366) begin
      { mem[7:6] } <= { N331, N330 };
    end
    if(N365) begin
      { mem[5:4] } <= { N331, N330 };
    end
    if(N364) begin
      { mem[3:2] } <= { N331, N330 };
    end
    if(N363) begin
      { mem[1:0] } <= { N331, N330 };
    end
  end


endmodule